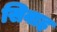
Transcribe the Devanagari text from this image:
सिवाह